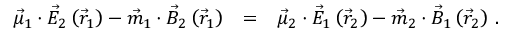
\begin{array} { r l r } { \vec { \mu } _ { 1 } \cdot \vec { E } _ { 2 } \left( \vec { r } _ { 1 } \right) - \vec { m } _ { 1 } \cdot \vec { B } _ { 2 } \left( \vec { r } _ { 1 } \right) } & { = } & { \vec { \mu } _ { 2 } \cdot \vec { E } _ { 1 } \left( \vec { r } _ { 2 } \right) - \vec { m } _ { 2 } \cdot \vec { B } _ { 1 } \left( \vec { r } _ { 2 } \right) \, . } \end{array}